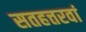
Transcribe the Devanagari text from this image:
सतहत्तरवां